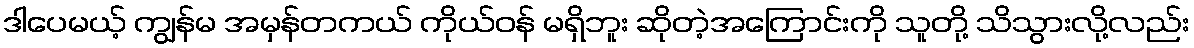
ဒါပေမယ့် ကျွန်မ အမှန်တကယ် ကိုယ်ဝန် မရှိဘူး ဆိုတဲ့အကြောင်းကို သူတို့ သိသွားလို့လည်း